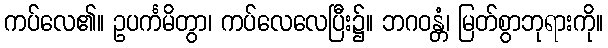
ကပ်လေ၏။ ဥပင်္ကမိတွာ၊ ကပ်လေလေပြီး၌။ ဘဂဝန္တံ၊ မြတ်စွာဘုရားကို။